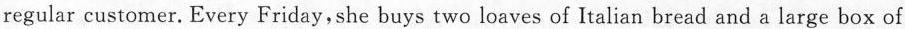
regular customer. Every Friday,she buys two loaves of Italian bread and a large box of